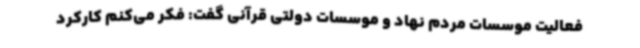
فعالیت موسسات مردم نهاد و موسسات دولتی قرآنی گفت: فکر می‌کنم کارکرد